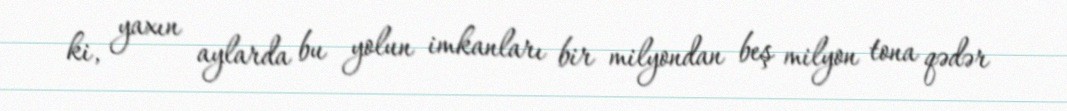
ki, yaxın aylarda bu yolun imkanları bir milyondan beş milyon tona qədər